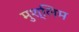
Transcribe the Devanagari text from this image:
मुश्लिम